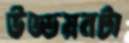
উড্ডয়নটা